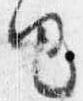
由